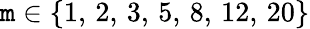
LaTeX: \mathtt{m}\in\{ 1,\, 2,\, 3,\, 5,\, 8,\, 12,\, 20\}